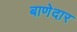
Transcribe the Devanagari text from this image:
बाणेदार